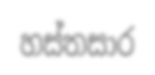
හස්තසාර